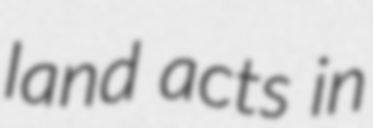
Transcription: land acts in